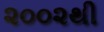
૨૦૦૨થી